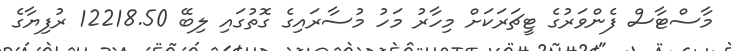
މާސްޓާސް ފެންވަރުގެ ޓީޗަރަކަށް މިހާރު މަހު މުސާރައިގެ ގޮތުގައި ލިބޭ 12218.50 ރުފިޔާގެ